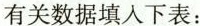
有关数据填入下表：